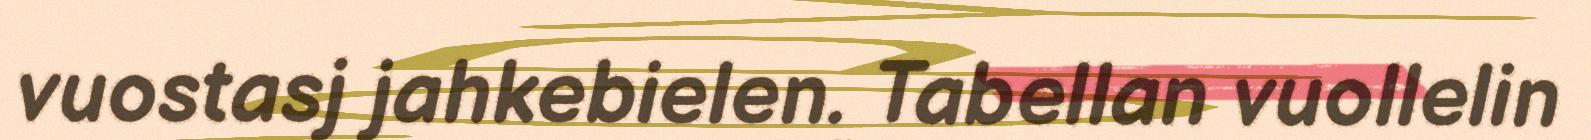
vuostasj jahkebielen. Tabellan vuollelin